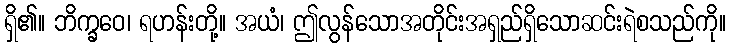
ရှိ၏။ ဘိက္ခဝေ၊ ရဟန်းတို့။ အယံ၊ ဤလွန်သောအတိုင်းအရှည်ရှိသောဆင်းရဲစသည်ကို။